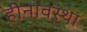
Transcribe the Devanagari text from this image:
हीनावस्था